Report on the lunatic asylums under the Government of Bombay - 1904-1913
Year: 1904
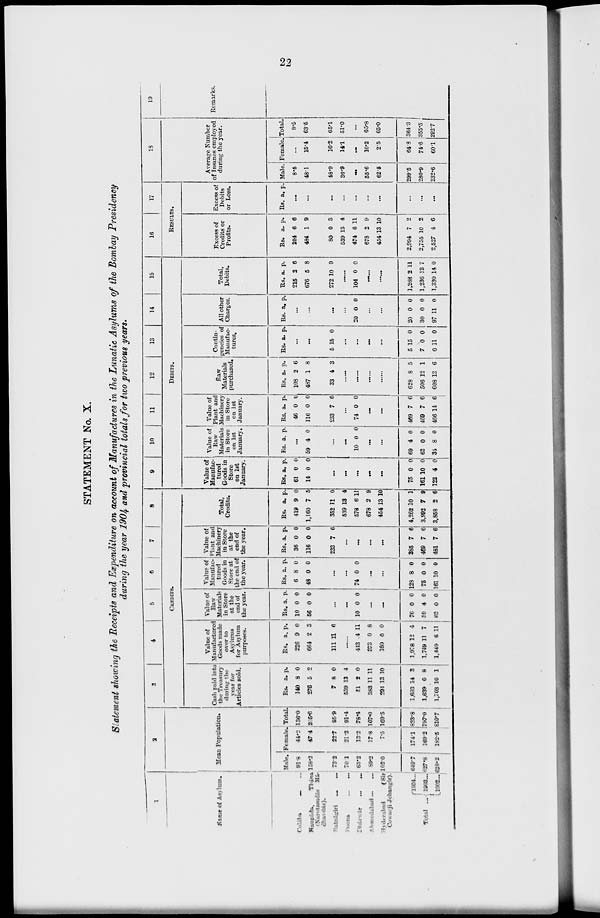
22
STATEMENT No. X.
Statement showing the Receipts and Expenditure on account of Manufactures in the Lunatic Asylums of the Bombay Presidency
during the year 1904 and provincial totals for two previous years.
1
Name of Asylum.
Colába ... ...
Naupáda,
Thána
(Narotamdás Má-
chavdás).
Ratnágiri ... ...
Poona
...
...
Dhárwár ... ...
Ahmedabad
...
...
Hyderabad
( Sir
Cowasji Jehangir).
Total ...
1904 ...
1903 ...
1902 ...
2
Mean Population.
Male.
91.8
158.2
73.2
70.1
65.2
89.2
1020
649.7
627.8
628.2
Female. Total.
44.2
47.4
22.7
21.3
13.2
17.8
7.5
174.1
169.2
182.5
136.0
205.6
95.9
91.4
78.4
107.0
109.5
823.8
797.0
810.7
3
4
5
6
7
8
CREDITS.
Cash paid into
the Treasury
during the
year for
Articles sold.
Rs.
140
276
7
539
51
383
291
1,693
1,639
1,703
a.
8
5
8
13
2
11
13
14
0
10
p.
0
2
0
4
0
11
10
3
8
1
Value of
Manufactured
Goods made
over to
Asylums
for Asylum
purposes.
Rs.
226
664
111
a.
9
2
11
p.
0
3
6
......
443
373
160
1,978
1,749
1,449
4
0
0
12
11
6
11
8
0
4
7
11
Value of
Raw
Materials
in Store
at the
end of
the year.
Rs.
10
56
a.
0
0
p.
0
0
...
...
10 0 0
...
1
76
59
62
0
4
0
0
0
0
Value of
Manufac-
tured
Goods in
Store at
the end of
the year.
Rs.
6
48
a.
8
0
p.
0
0
...
...
74 0 0
...
...
128
75
161
8
0
10
0
0
0
Value of
Plant and
Machinery
in Store
at the
end of
the year.
Rs.
36
116
233
a.
0
0
7
p.
0
0
6
...
...
...
...
385
469
481
7
7
7
6
6
6
Total,
Credits.
Rs.
419
1,160
352
539
578
678
454
4,262
3,992
3,858
a.
9
7
11
13
6
2
13
10
7
2
p.
0
5
0
4
11
9
10
1
9
6
9
10
11
12
13
14
15
DEBITS.
Value of
Manufac-
tured
Goods in
Store
on 1st
January.
Rs.
61
14
. a.
0
0
p.
0
0
...
...
...
...
...
75
161
122
0
10
4
0
0
0
Value of
Raw
Materials
in Store
on 1st
January.
Rs. a. p.
...
59 4 0
...
...
10 0 0
...
...
69
62
34
4
0
8
0
0
0
Value of
Plant and
Machinery
in Store
on 1st
January.
Rs.
46
116
233
a.
0
0
7
p.
0
0
6
......
74 0 0
......
......
469
469
466
7
7
14
6
6
6
Raw
Materials
purchased.
Rs.
108
487
33
a.
2
1
4
p.
6
8
3
......
......
......
......
628
506
608
8
12
13
5
1
6
Contin-
gencies of
Manufac-
tures.
Rs. a. p.
.........
.........
5 15 0
.........
.........
.........
.........
5
7
0
15
0
11
0
0
0
All other
Charges.
Rs. a. p.
......
......
......
......
20 0 0
......
......
20
30
97
0
0
11
0
0
0
Total,
Debits.
Rs.
215
676
272
a.
2
5
10
p.
6
8
9
......
104 0 0
......
......
1,268
1,236
1,330
2
13
14
11
7
0
16
17
RESULTS.
Excess of
Credits or
Profits.
Rs.
204
484
80
539
474
678
454
2,994
2,755
2,527
a.
6
1
0
13
6
2
13
7
10
4
p.
6
9
3
4
11
9
10
2
2
6
Excess of
Debits
or Loss.
Rs. a. p.
...
...
...
...
...
...
...
...
...
...
18
Average Number
of Insanes employed
during the year.
Male.
8.5
48.1
48.9
36.9
...
55.6
62.5
299.5
280.9
232.6
Female.
...
15.4
16.2
14.1
...
10.2
2.5
64.8
74.6
60.1
Total.
8.5
63.5
65.1
51.0
...
65.8
65.0
364.3
355.5
292.7
19
Remarks.